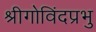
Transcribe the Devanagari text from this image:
श्रीगोविंदप्रभु